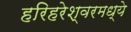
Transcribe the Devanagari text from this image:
हरिहरेश्वरमध्ये